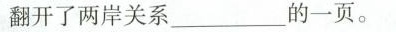
翻开了两岸关系___的一页。